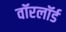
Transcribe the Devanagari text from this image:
वॉरलॉर्ड